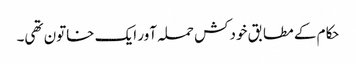
حکام کے مطابق خودکش حملہ آور ایک خاتون تھی۔